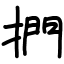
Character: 捫